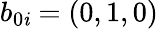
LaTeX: b_{0\mathit{i}}=(0,1,0)